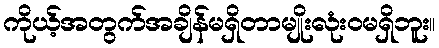
ကိုယ့်အတွက်အချိန်မရှိတာမျိုးလုံးဝမရှိဘူး။